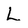
Character: L